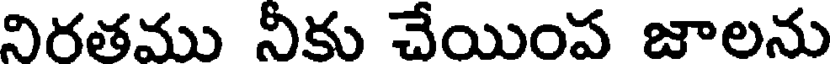
నిరతము నీకు చేయింప జాలను